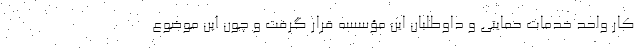
کار واحد خدمات حمایتی و داوطلبان این مؤسسه قرار گرفت و چون این موضوع